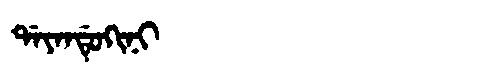
Manchu: ᡩᠠᠶᠠᠨᡩᡠᡴᡳᠨᡳ
Romanization: DAYANDUKINI